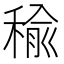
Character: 𥠕